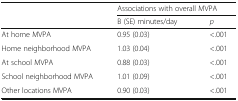
| <ROWSPAN=2>  | <COLSPAN=2> Associations with overall MVPA |
 | B (SE) minutes/day | p |
 | --- | --- | --- |
 | At home MVPA | 0.95 (0.03) | <.001 |
 | Home neighborhood MVPA | 1.03 (0.04) | <.001 |
 | At school MVPA | 0.88 (0.03) | <.001 |
 | School neighborhood MVPA | 1.01 (0.09) | <.001 |
 | Other locations MVPA | 0.90 (0.03) | <.001 |